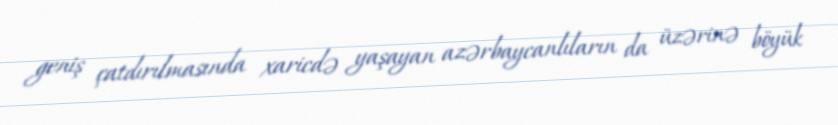
geniş çatdırılmasında xaricdə yaşayan azərbaycanlıların da üzərinə böyük